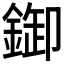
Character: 𨨶